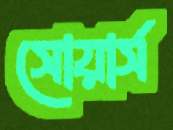
সোয়ার্স